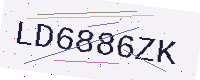
Text: LD6886ZK